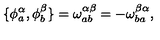
\{ \phi _ { a } ^ { \alpha } , \phi _ { b } ^ { \beta } \} = \omega _ { a b } ^ { \alpha \beta } = - \omega _ { b a } ^ { \beta \alpha } ,